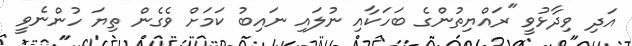
އަދި ވިދާޅުވީ "ރައްޔިތުންގެ ބަހަކާއި ނުލައި ނައިބު ކަމަށް ވެގެން ތިޔަ ހުންނެވީ